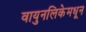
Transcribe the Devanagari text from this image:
वायुनलिकेमधून